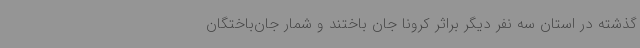
گذشته در استان سه نفر دیگر براثر کرونا جان باختند و شمار جان‌باختگان